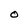
Character: O